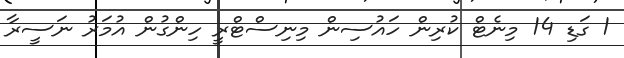
1 ގަޑި 14 މިނެޓް ކުރިން ހައުސިން މިނިސްޓްރީ ހިންގުން އުމަރު ނަސީރާ